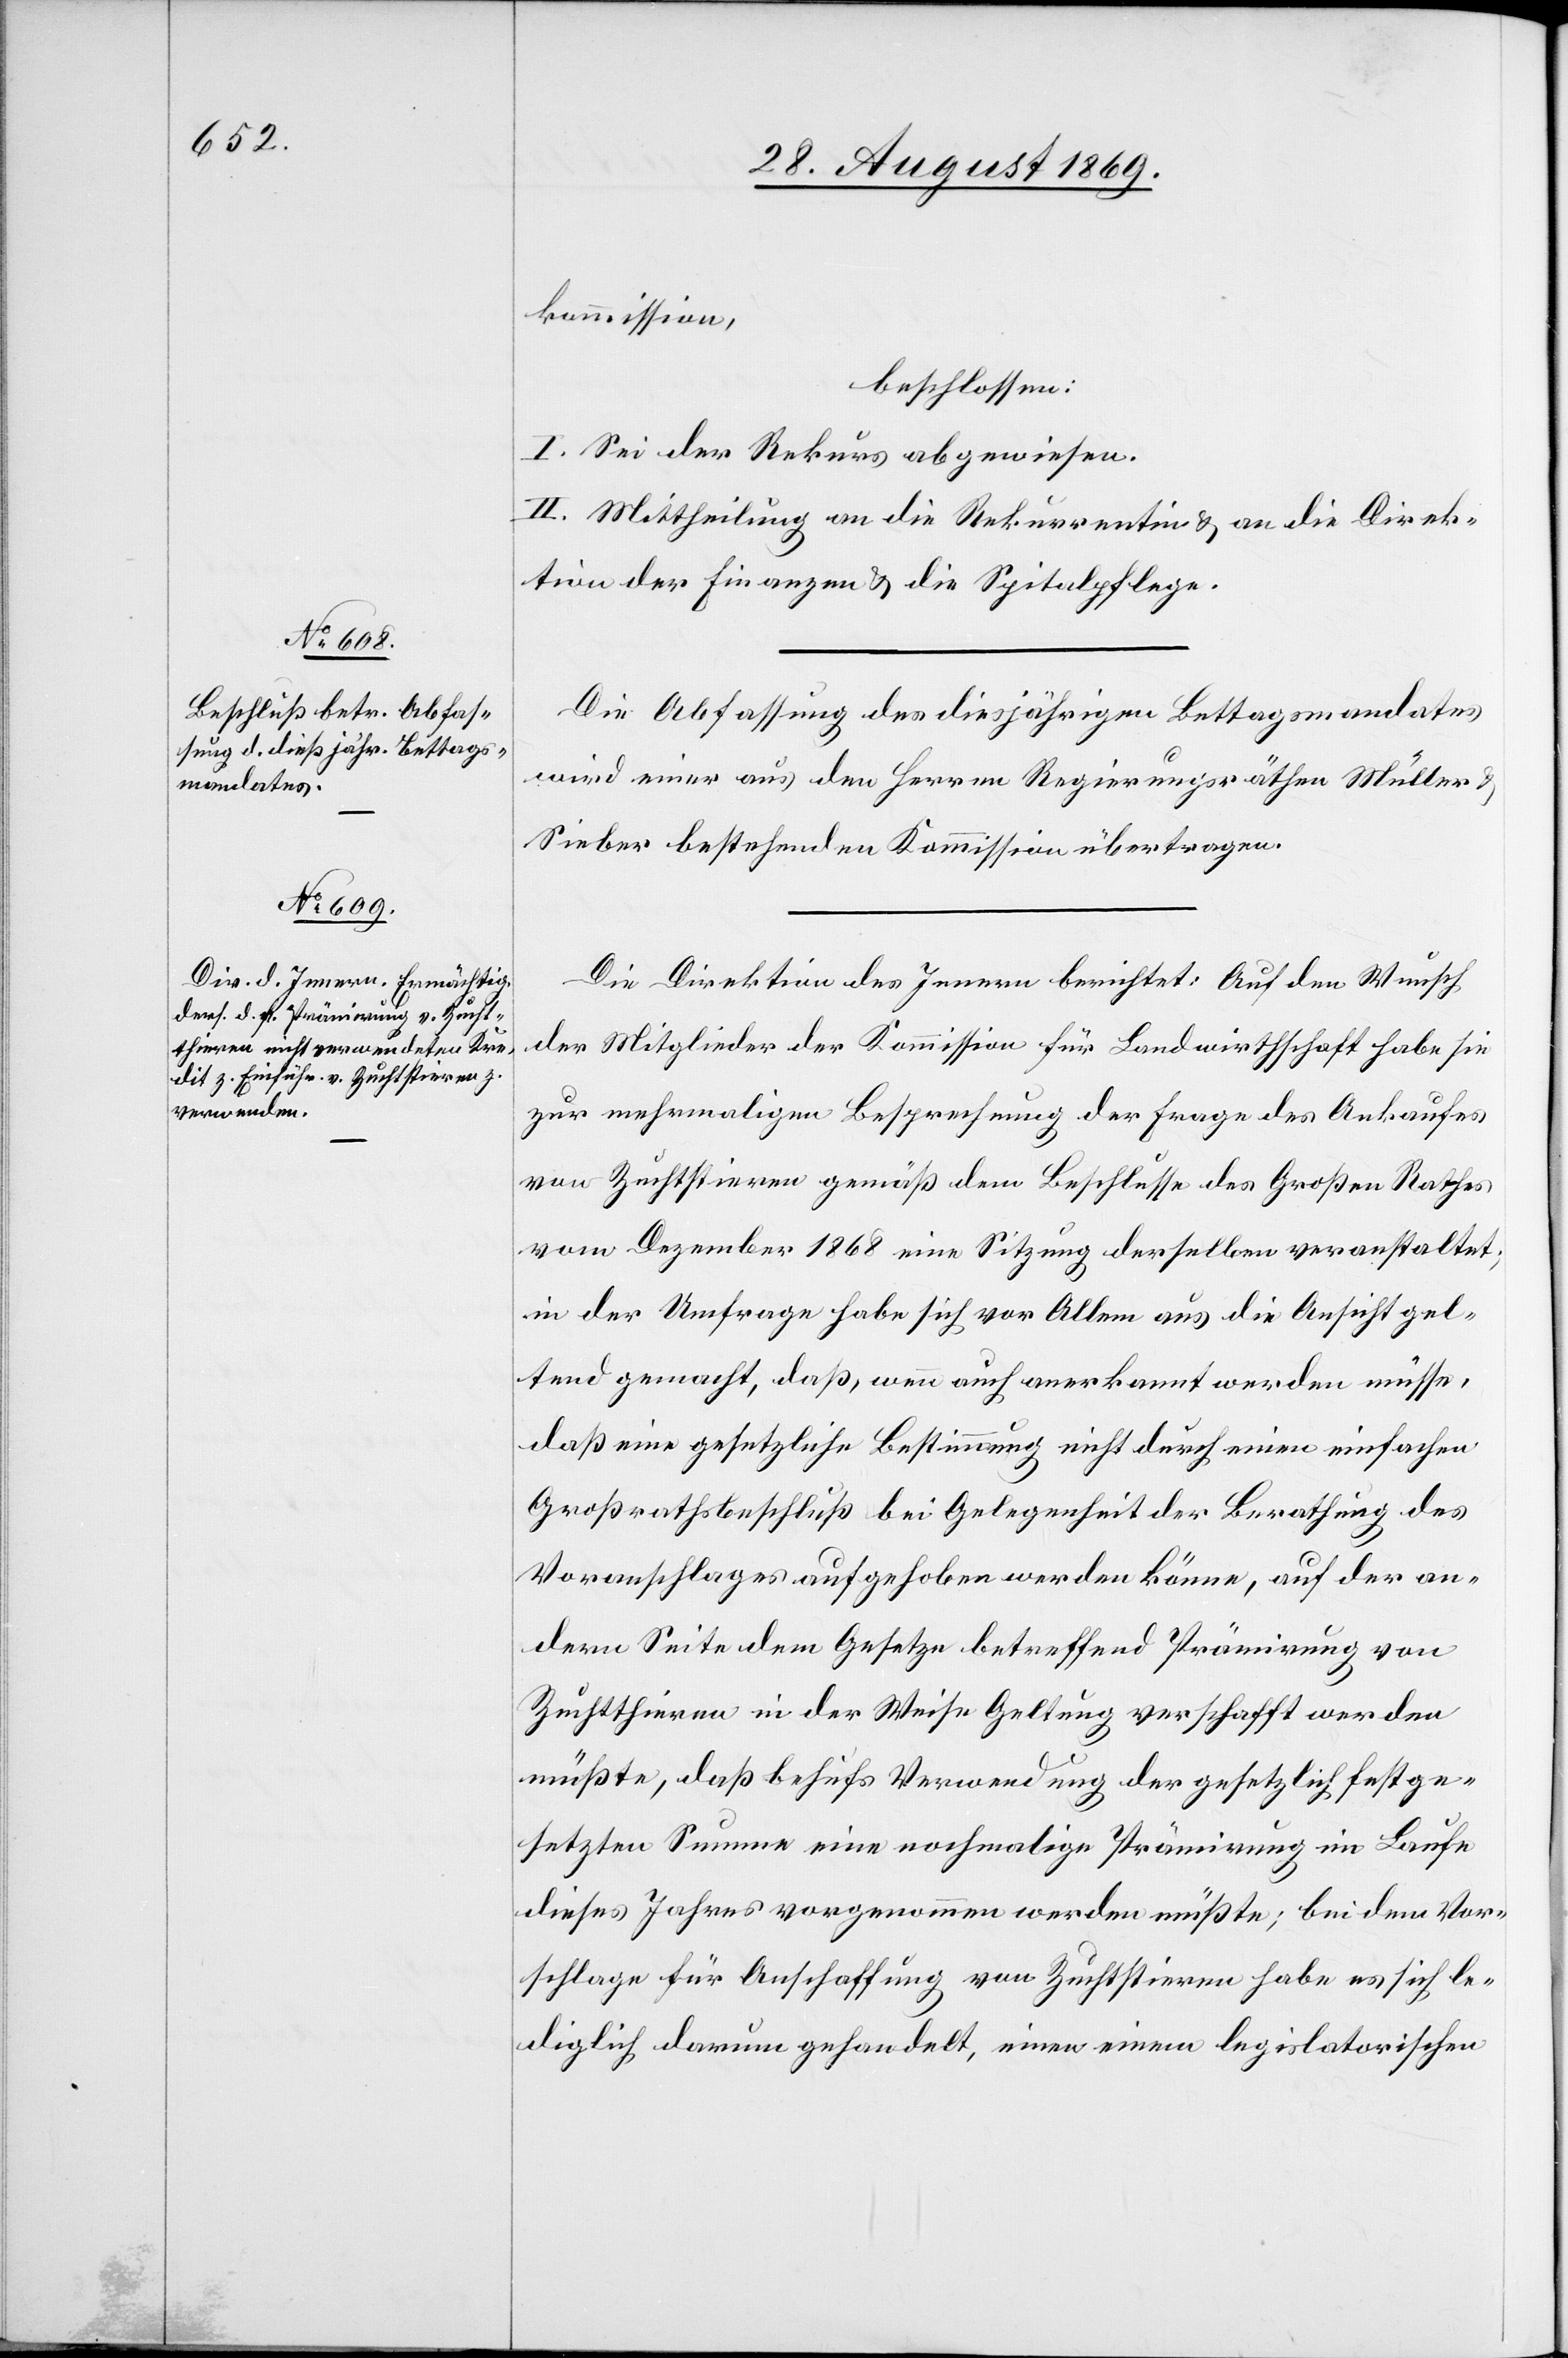
kommission,
beschlossen:
I. Sei der Rekurs abgewiesen.
II. Mittheilung an die Rekurrentin & an die Direk¬
tion der Finanzen & die Spitalpflege.
Die Abfassung des diesjährigen Bettagsmandates
wird einer aus den Herren Regierungsräthen Müller &
Sieber bestehenden Kommission übertragen.
Die Direktion des Innern berichtet: Auf den Wunsch
der Mitglieder der Kommission für Landwirthschaft habe sie
zur mehrmaligen Besprechung der Frage des Ankaufes
von Zuchtstieren gemäß dem Beschlusse des Großen Rathes
vom Dezember 1868 eine Sitzung derselben veranstaltet;
in der Umfrage habe sich vor Allem aus die Ansicht gel¬
tend gemacht, daß, wenn auch anerkannt werden müsse,
daß eine gesetzliche Bestimmung nicht durch einen einfachen
Großrathsbeschluß bei Gelegenheit der Berathung des
Voranschlages aufgehoben werden könne, auf der an¬
dern Seite dem Gesetze betreffend Prämirung von
Zuchtthieren in der Weise Geltung verschafft werden
müßte, daß behufs Verwendung der gesetzlich festge¬
setzten Summe eine nochmalige Prämirung im Laufe
dieses Jahres vorgenommen werden müßte; bei dem Vor¬
schlage für Anschaffung von Zuchtstieren habe es sich le¬
diglich darum gehandelt, einen einem legislatorischen